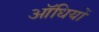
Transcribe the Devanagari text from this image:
ऑधियों